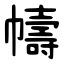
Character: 幬